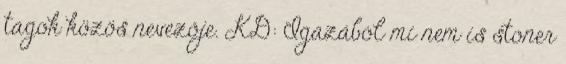
tagok közös nevezője. KD: Igazából mi nem is stoner